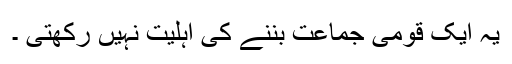
یہ ایک قومی جماعت بننے کی اہلیت نہیں رکھتی ۔